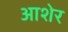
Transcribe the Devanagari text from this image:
आशेर